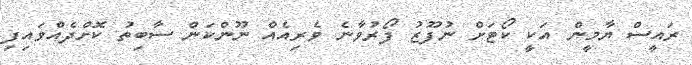
ރައީސް ޔާމީން އަކީ ކޯޓަށް ނުފޫޒު ފޯރުވާނެ ވެރިއެއް ނޫންކަން ސާބިތު ކޮށްދެއްވައިފި